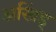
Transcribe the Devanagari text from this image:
अखिंड्